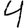
Digit: 4